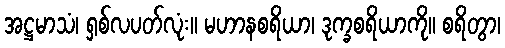
အဋ္ဌမာသံ၊ ရှစ်လပတ်လုံး။ မဟာနစရိယာ၊ ဒုက္ခစရိယာကို။ စရိတွာ၊